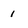
Character: 1